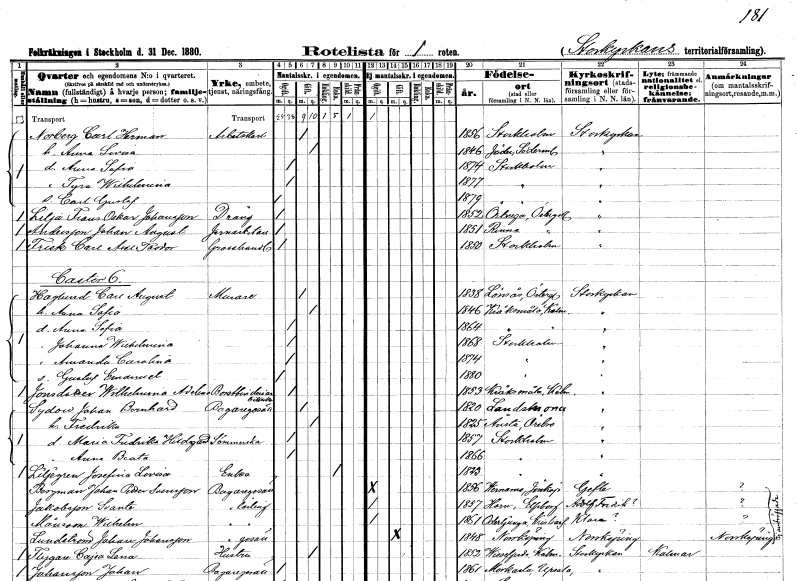
gt_parse: households: individuals: FN: Carl Herman
EN: Norberg
YRKE: Arbetskarl
KON: M
CIV: G
FODAR: 1856
FODFORS: Stockholm
FN: Anna Lovisa
KON: K
CIV: G
FODAR: 1846
FODFORS: Jäder Södermanlands län
FN: Anna Sofia
KON: K
CIV: O
FODAR: 1874
FODFORS: Stockholm
FN: Tyra Wilhelmina
KON: K
CIV: O
FODAR: 1877
FODFORS: Stockholm
FN: Carl Gustaf
KON: M
CIV: O
FODAR: 1879
FODFORS: Stockholm
FN: Frans Oskar
EN: Lilja Johansson
YRKE: Dräng
KON: M
CIV: O
FODAR: 1852
FODFORS: Örberga Östergötlands län
FN: Johan August
EN: Andersson
YRKE: Järnarbetare
KON: M
CIV: O
FODAR: 1851
FODFORS: Rinna Östergötlands län
FN: Carl Axel Teodor
EN: Frisk
YRKE: Grosshandlare
KON: M
CIV: O
FODAR: 1850
FODFORS: Stockholm
FN: Carl August
EN: Haglund
YRKE: Murare
KON: M
CIV: G
FODAR: 1838
FODFORS: Lönsås Östergötlands län
FN: Anna Sofia
KON: K
CIV: G
FODAR: 1846
FODFORS: Kråksmåla Kalmar län
FN: Anna Sofia
KON: K
CIV: O
FODAR: 1864
FODFORS: Kråksmåla Kalmar län
FN: Johanna Wilhelmina
KON: K
CIV: O
FODAR: 1868
FODFORS: Stockholm
FN: Amanda Carolina
KON: K
CIV: O
FODAR: 1874
FODFORS: Stockholm
FN: Gustaf Emanuel
KON: M
CIV: O
FODAR: 1880
FODFORS: Stockholm
FN: Wilhelmina Adelina
EN: Jonsdotter
YRKE: Borstbinderiarbeterska
KON: K
CIV: O
FODAR: 1853
FODFORS: Kråksmåla Kalmar län
FN: Johan Bernhard
EN: Sydow
YRKE: Bagaregesäll
KON: M
CIV: G
FODAR: 1850
FODFORS: Landskrona Malmöhus län
FN: Fredrika
KON: K
CIV: G
FODAR: 1825
FODFORS: Ånsta Örebro län
FN: Maria Fredrika Hildegard
YRKE: Sömmerska
KON: K
CIV: O
FODAR: 1857
FODFORS: Stockholm
FN: Anna Beata
KON: K
CIV: O
FODAR: 1866
FODFORS: Stockholm
FN: Josefina Lovisa
EN: Liljegren
YRKE: Änka
KON: K
CIV: E
FODAR: 1823
FODFORS: Stockholm
FN: Johan Petter
EN: Berman Svensson
YRKE: Bagaregesäll
KON: M
CIV: O
FODAR: 1856
FODFORS: Värnamo Jönköpings län
FN: Svante
EN: Jakobsson
YRKE: Bagerilärling
KON: M
CIV: O
FODAR: 1857
FODFORS: Horn Skaraborgs län